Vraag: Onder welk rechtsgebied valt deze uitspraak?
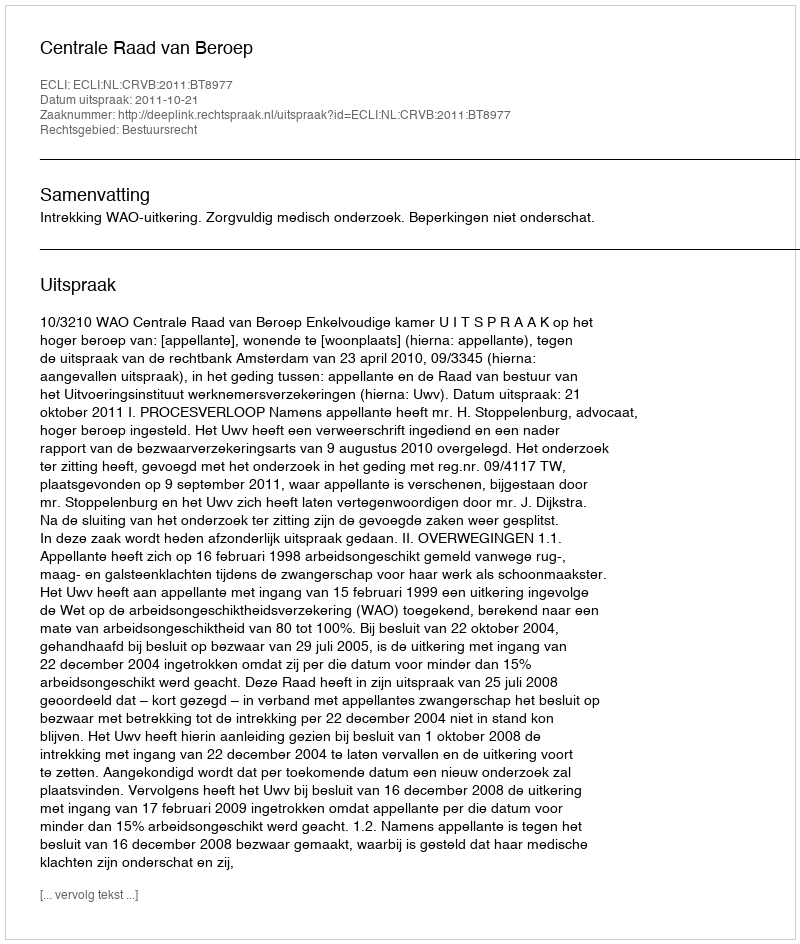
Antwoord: Bestuursrecht